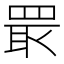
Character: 𱻂